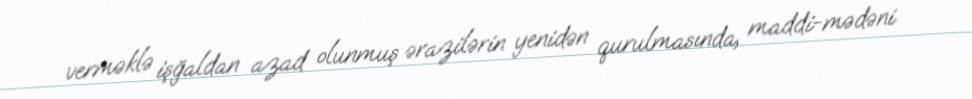
verməklə işğaldan azad olunmuş ərazilərin yenidən qurulmasında, maddi-mədəni